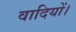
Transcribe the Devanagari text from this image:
वादियों।